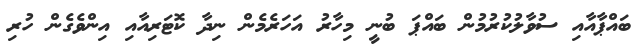
ބައްޕާއާއި ސުވާލުކުރުމުން ބައްޕަ ބުނީ މިހާރު އަހަރެމެން ނިދާ ކޮޓަރިއާއި އިންވެގެން ހުރި